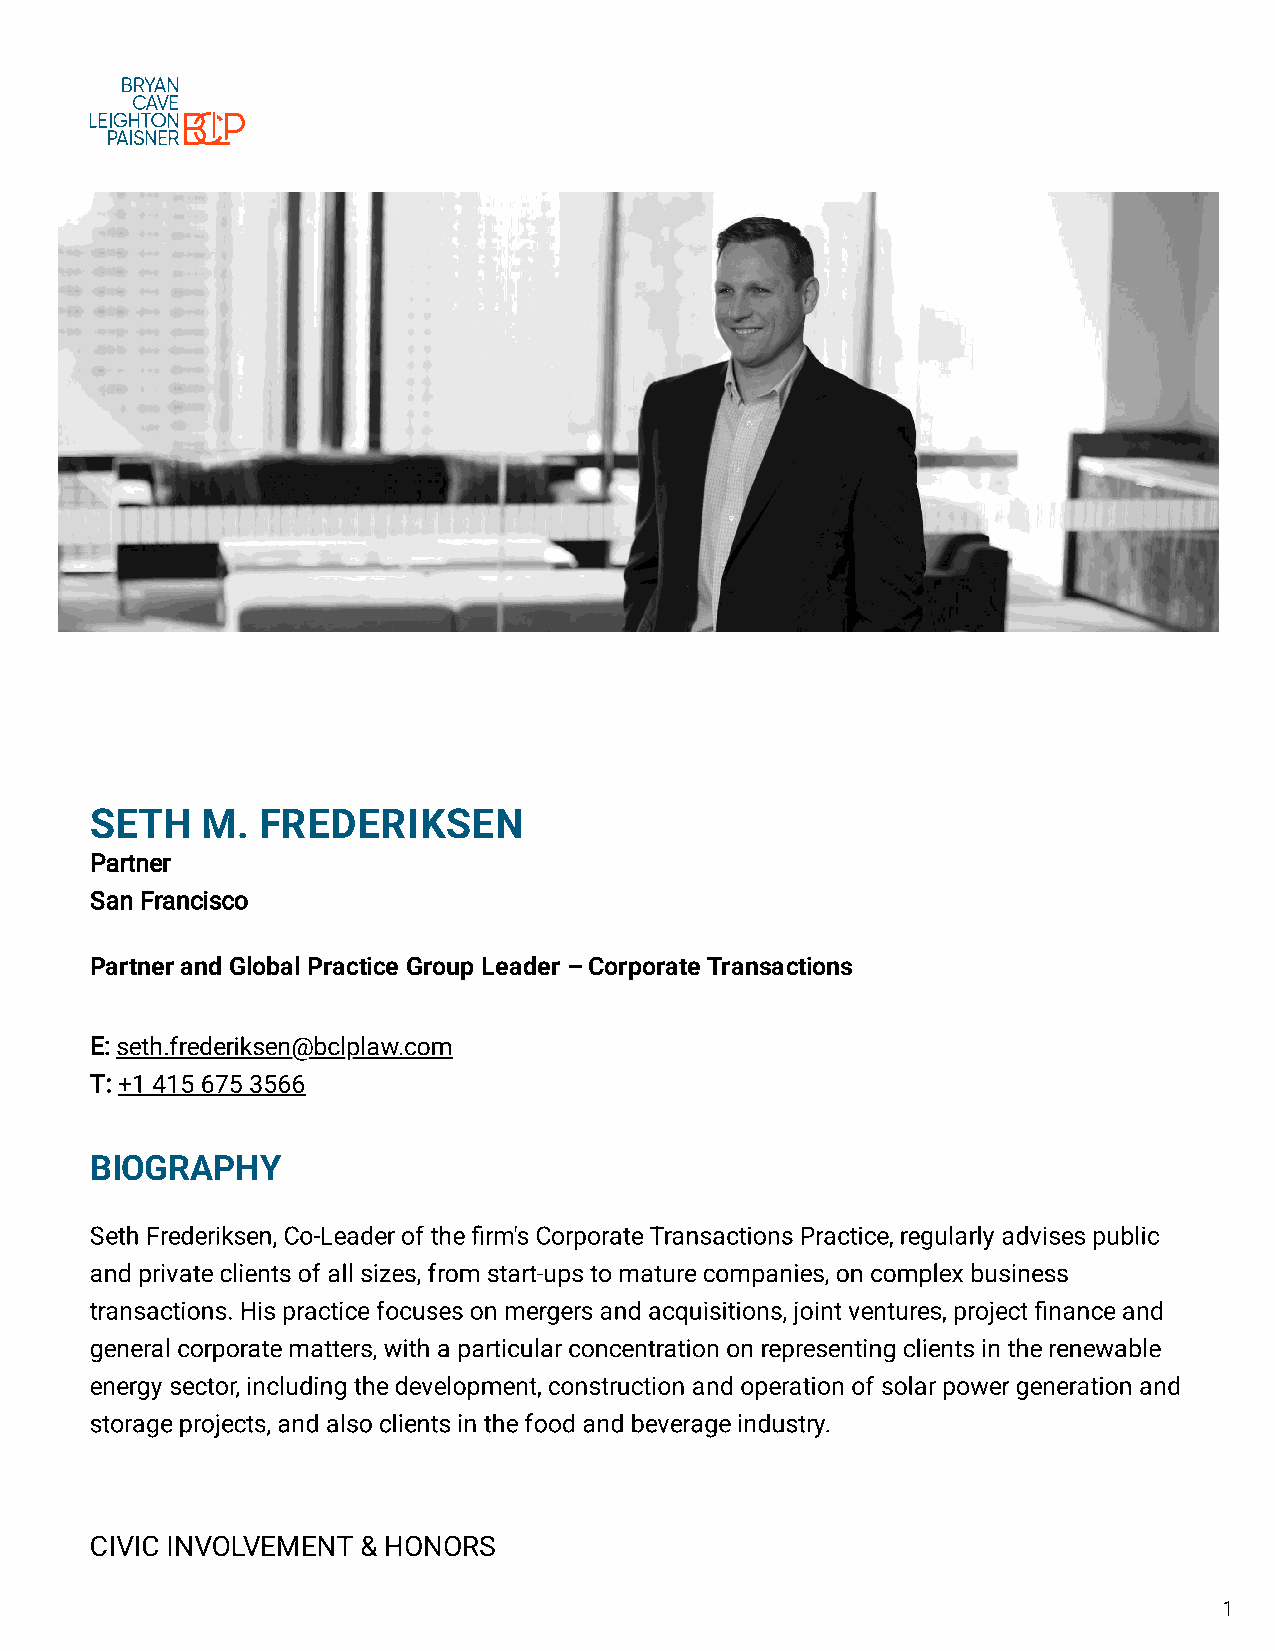
SETH   M.  FREDERIKSEN
 Partner
 San Francisco
 Partner and Global Practice Group Leader – Corporate Transactions
 E: seth.frederiksen@bclplaw.com
 T: +1 415 675 3566
 BIOGRAPHY
 Seth Frederiksen, Co-Leader of the firm's Corporate Transactions Practice, regularly advises public
 and private clients of all sizes, from start-ups to mature companies, on complex business
 transactions. His practice focuses on mergers and acquisitions, joint ventures, project finance and
 general corporate matters, with a particular concentration on representing clients in the renewable
 energy sector, including the development, construction and operation of solar power generation and
 storage projects, and also clients in the food and beverage industry.
 CIVIC INVOLVEMENT & HONORS
 © 2023 Bryan Cave Leighton Paisner LLP.
 1